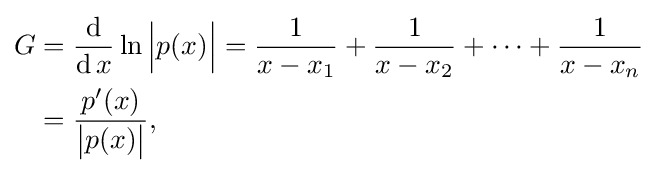
{\begin{aligned}G&={\frac {\operatorname {d} }{\operatorname {d} x}}\ln {\Bigl |}p(x){\Bigr |}={\frac {1}{x-x_{1}}}+{\frac {1}{x-x_{2}}}+\cdots +{\frac {1}{x-x_{n}}}\\&={\frac {p'(x)}{{\bigl |}p(x){\bigr |}}},\end{aligned}}